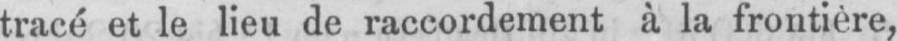
tracé et le lieu de raccordement à la frontière,